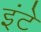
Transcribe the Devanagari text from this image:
इंटे